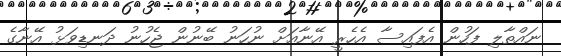
ނައްތާލި ފަހުން އެފައިސާ އެހެރީ އޭނާއަށް ނުހަނު ބޭނުން ޖެހުނު ދަނޑިވަޅު އޭނާގެ